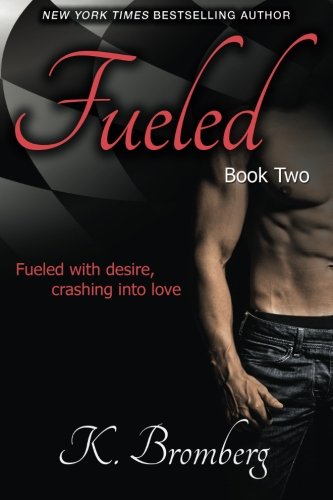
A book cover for Fueled (The Driven Trilogy); K. Bromberg; Romance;